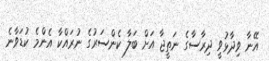
އޭނާ ވިދާޅުވީ ދިރާސާގެ ނަތީޖާ އަށް ބަލާ ކެންސަރުގެ ނުރައްކާ އެންމެ ކުޑަވާނެ